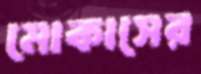
মোকাসের